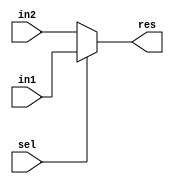
`timescale 1ns / 1ps
//////////////////////////////////////////////////////////////////////////////////
// Company: 
// Engineer: 
// 
// Design Name: 
// Module Name: mux_2x1
// Project Name: 
// Target Devices: 
// Tool Versions: 
// Description: 
// 
// Dependencies: 
// 
// Revision:
// Revision 0.01 - File Created
// Additional Comments:
// 
//////////////////////////////////////////////////////////////////////////////////

module mux_2x1 (
    input [31:0] in1,in2,
    input sel,
    output reg [31:0] res
);
    
    always @(sel) begin
        if(sel)
            res=in1;
        else
            res=in2;
    end
endmodule